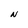
Character: N